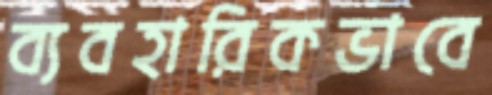
ব্যবহারিকভাবে